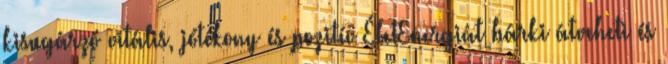
kisugárzó vitális, jótékony és pozitív ÉletEnergiát bárki átveheti és